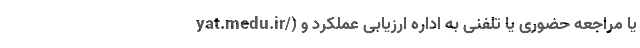
yat.medu.ir/) یا مراجعه حضوری یا تلفنی به اداره ارزیابی عملکرد و